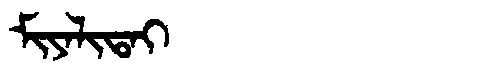
Manchu: ᠮᡳᠶᠠᠯᡳᡨᠠᡳ
Romanization: MIYALITAI